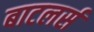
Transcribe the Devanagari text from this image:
बाटलर्स